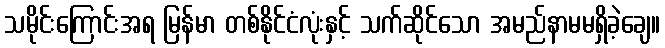
သမိုင်းကြောင်းအရ မြန်မာ တစ်နိုင်ငံလုံးနှင့် သက်ဆိုင်သော အမည်နာမမရှိခဲ့ချေ။